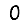
Digit: 0